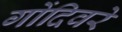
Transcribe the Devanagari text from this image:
गोंदिवरे